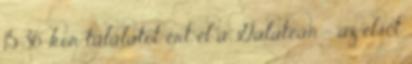
15:36-kor találatot ért el a Galateán - az elsőt